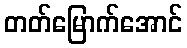
တတ်မြောက်အောင်